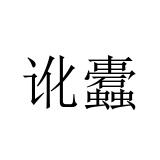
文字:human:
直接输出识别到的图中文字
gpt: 讹蠹